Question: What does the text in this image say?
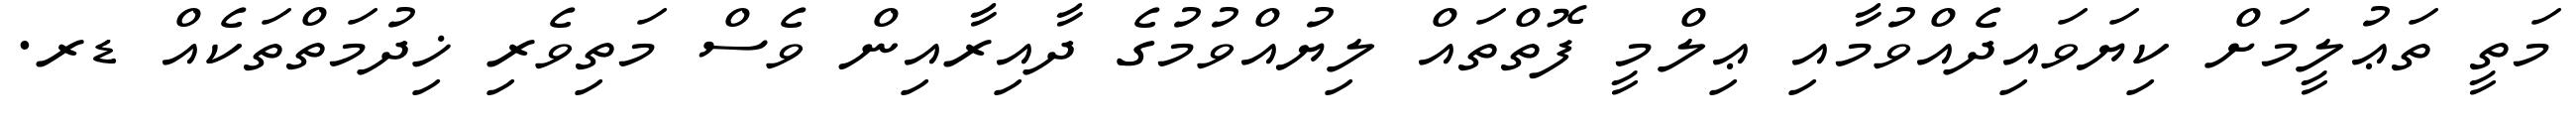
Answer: މަތީ ތަޢުލީމަށް ކިޔަވައިދެއްވުމާއި ޢިލްމީ ފޮތްތައް ލިޔުއްވުމުގެ ދާއިރާއިން ވެސް މަތިވެރި ޚިދުމަތްތަކެއް ޑރ.